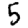
Digit: 5